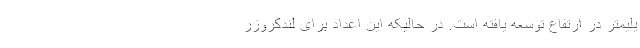
یلیمتر در ارتفاع توسعه یافته است. در حالیکه این اعداد برای لندکروزر